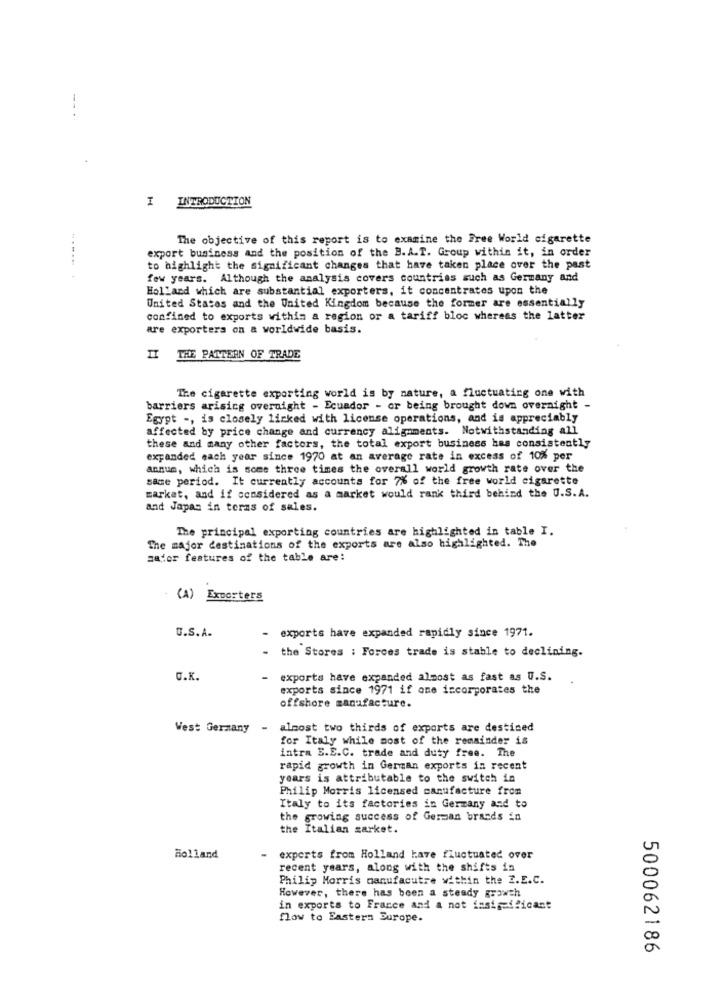
--
I INTRODUCTION
The objective of this report is to examine the Free World cigarette
export business and the position of the B.A.T. Group within it, in order
to highlight the significant changes that have taken place over the past
few years. Although the analysis covers countries such as Germany and
Holland which are substantial exporters, it concentrates upon the
United States and the United Kingdom because the former are essentially
confined to exports within a region or a tariff bloc whereas the latter
are exporters on a worldwide basis.
II
THE PATTERN OF TRADE
The cigarette exporting world is by nature, a fluctuating one with
barriers arising overnight - Ecuador - or being brought down overnight -
Egypt -, is closely linked with license operations, and is appreciably
affected by price change and currency alignments. Notwithstanding all
these and many other factors, the total export business has consistently
expanded each year since 1970 at an average rate in excess of 10% per
annum, which is some three times the overall world growth rate over the
same period. It currently accounts for 7% of the free world cigarette
market, and if considered as a market would rank third behind the U.S.A.
and Japan in terms of sales.
The principal exporting countries are highlighted in table I.
The major destinations of the exports are also highlighted. The
sador features of the table are:
(A) Exporters
U.S. A.
exports have expanded rapidly since 1971.
- the Stores : Forces trade is stable to declining.
O.K.
exports have expanded almost as fast as U.S.
exports since 1971 if one incorporates the
offshore manufacture.
West Germany - almost two thirds of exports are destined
for Italy while most of the remainder is
intra E.E.C. trade and duty free. The
rapid growth in German exports in recent
years is attributable to the switch in
Philip Morris licensed manufacture from
Italy to its factories in Germany and to
the growing success of German brands in
the Italian sarket.
Holland
experts from Holland have fluctuated over
recent years, along with the shifts in
Philip Morris manufacutre within the Z.E.C.
However, there has been a steady growth
in exports to France and a not insignificant
flow to Eastern Europe.
500062186